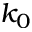
k _ { 0 }